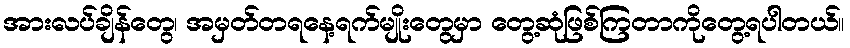
အားလပ်ချိန်တွေ၊ အမှတ်တရနေ့ရက်မျိုးတွေမှာ တွေ့ဆုံဖြစ်ကြတာကိုတွေ့ရပါတယ်။